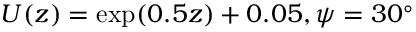
U ( z ) = \exp ( 0 . 5 z ) + 0 . 0 5 , \psi = 3 0 ^ { \circ }